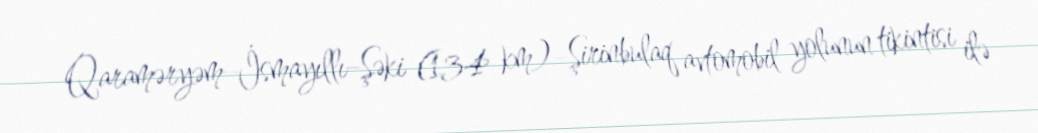
Qaraməryəm–İsmayıllı–Şəki (134 km)–Şirinbulaq avtomobil yolunun tikintisi ilə